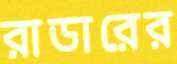
রাডারের